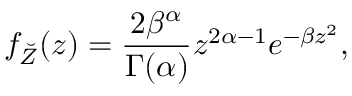
f _ { \breve { Z } } ( z ) = \frac { 2 \beta ^ { \alpha } } { \Gamma ( \alpha ) } z ^ { 2 \alpha - 1 } e ^ { - \beta z ^ { 2 } } ,